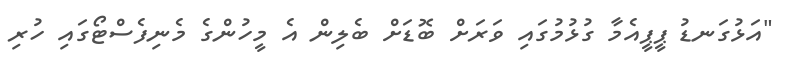
"އަޅުގަނޑު ޕީޕީއެމާ ގުޅުމުގައި ވަރަށް ބޮޑަށް ބެލިން އެ މީހުންގެ މެނިފެސްޓޯގައި ހުރި